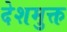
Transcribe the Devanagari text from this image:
देशमुक्त